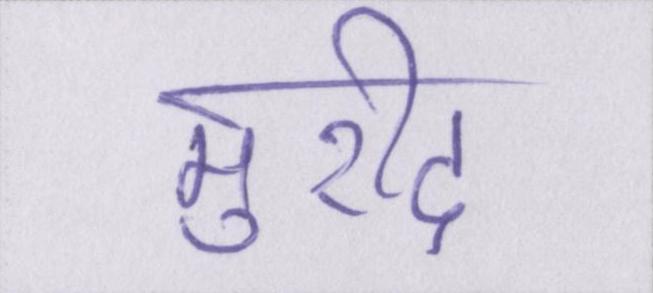
मुरीद